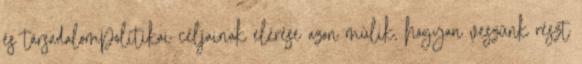
és társadalompolitikai céljainak elérése azon múlik, hogyan veszünk részt